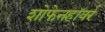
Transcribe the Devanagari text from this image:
शोफेनहॉवर्र